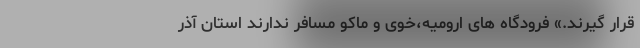
قرار گیرند.» فرودگاه های ارومیه،خوی و ماکو مسافر ندارند استان آذر